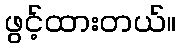
ဖွင့်ထားတယ်။